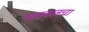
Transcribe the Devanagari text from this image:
सतलजचा